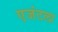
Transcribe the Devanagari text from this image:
एजंटला